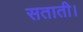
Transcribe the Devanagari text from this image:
सताती।